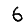
Digit: 6